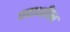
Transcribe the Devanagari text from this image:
पदार्थांचेच